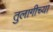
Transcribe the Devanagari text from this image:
तुलागीच्या